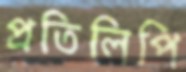
প্রতিলিপি